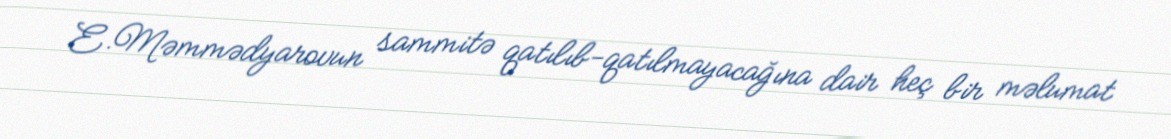
E.Məmmədyarovun sammitə qatılıb-qatılmayacağına dair heç bir məlumat